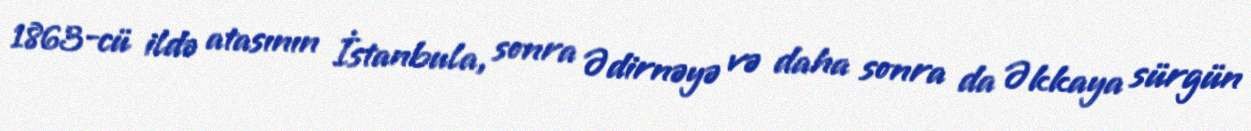
1863-cü ildə atasının İstanbula, sonra Ədirnəyə və daha sonra da Əkkaya sürgün